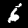
Digit: 6